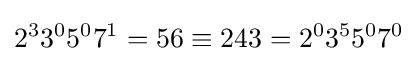
2^{3}3^{0}5^{0}7^{1}=56\equiv 243=2^{0}3^{5}5^{0}7^{0}